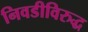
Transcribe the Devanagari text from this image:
निवडीविरुद्ध